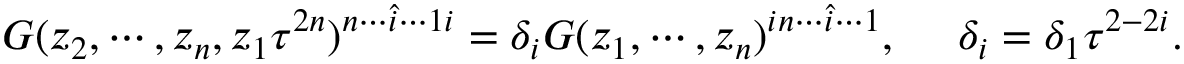
G ( z _ { 2 } , \cdots , z _ { n } , z _ { 1 } \tau ^ { 2 n } ) ^ { n \cdots \hat { i } \cdots 1 i } = \delta _ { i } G ( z _ { 1 } , \cdots , z _ { n } ) ^ { i n \cdots \hat { i } \cdots 1 } , ~ ~ ~ ~ \delta _ { i } = \delta _ { 1 } \tau ^ { 2 - 2 i } .